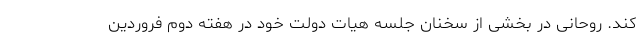
کند. روحانی در بخشی از سخنان جلسه هیات دولت خود در هفته دوم فروردین